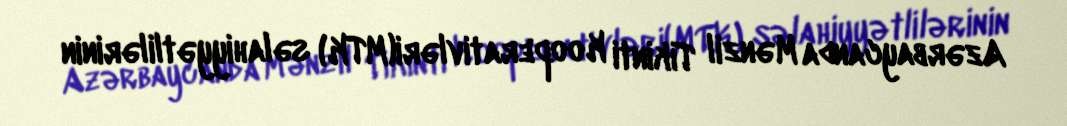
Azərbaycanda Mənzil Tikinti Kooperativləri(MTK) səlahiyyətlilərinin